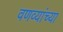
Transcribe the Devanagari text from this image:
वणव्यांच्या